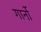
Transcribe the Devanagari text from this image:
गार्नो